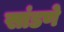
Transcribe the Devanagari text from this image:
सांडणे